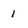
Character: 1